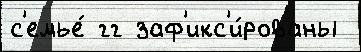
с'емье́ гг заф'икс'и́рованы